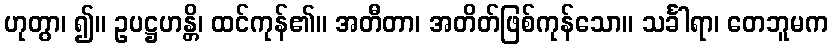
ဟုတွာ၊ ၍။ ဥပဋ္ဌဟန္တိ၊ ထင်ကုန်၏။ အတီတာ၊ အတိတ်ဖြစ်ကုန်သော။ သင်္ခါရာ၊ တေဘူမက